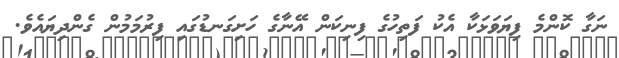
ނަގާ ކޮންމެ ފިޔަވަޅަކާ އެކު ފަތިހުގެ ފިނިކަން އޭނާގެ ހަށިގަނޑުގައި ފިރުމަމުން ގެންދިޔައެވެ.